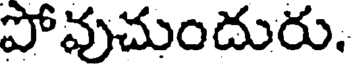
పోవుచుందురు.